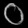
Digit: ၀